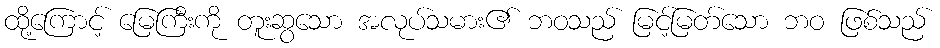
ထို့ကြောင့် မြေကြီးကို တူးဆွသော အလုပ်သမား၏ ဘဝသည် မြင့်မြတ်သော ဘဝ ဖြစ်သည်